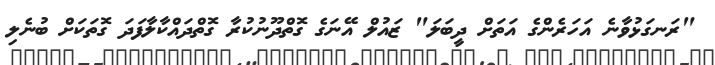
"ރަނގަޅުވާނެ އަހަރެންގެ އަތަށް ދީބަލަ" ޒައުލް އޭނަގެ ގޮތްދޫނުކުރާ ގޮތްދައްކާލާފަދަ ގޮތަކަށް ބުނެލި